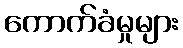
ကောက်ခံမှုများ